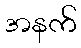
အနက်